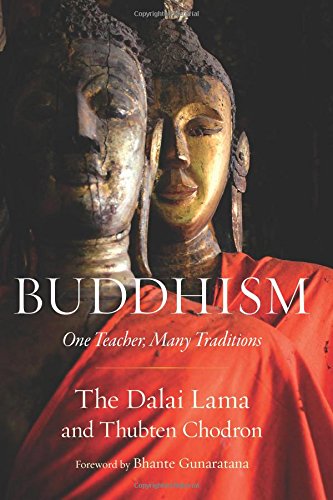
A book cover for Buddhism: One Teacher, Many Traditions; His Holiness the Dalai Lama; Religion & Spirituality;